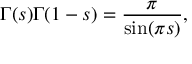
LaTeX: \Gamma ( s ) \Gamma ( 1 - s ) = { \frac { \pi } { \sin ( \pi s ) } } ,